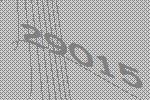
29015